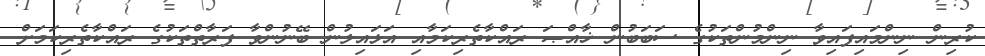
ކުރިން ނިންމައިފައިވާ ނިންމުންތަކުގެ ސަބަބުން ޚާއްޞަ ރައްކާތެރިކަމާއި އަޅައިލުން ބޭނުންވާ ފަރާތްތަކުގެ ރައްކާތެރިކަމަށް